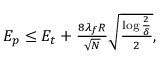
\begin{array} { r } { { \cal { E } } _ { p } \le { \cal { E } } _ { t } + \frac { 8 \lambda _ { f } R } { \sqrt { N } } \sqrt { \frac { \log \frac { 2 } { \delta } } { 2 } } , } \end{array}